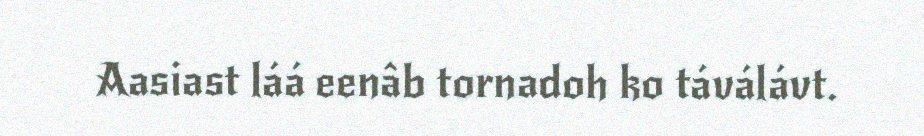
Aasiast láá eenâb tornadoh ko táválávt.